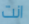
انت